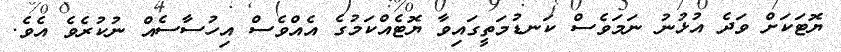
ޔޮޓަކަށް ވަދެ އުޅުނު ނަމަވެސް ކަނޑުމަތީގައިވާ ޔޮޓެއްކަމުގެ އެއްވެސް އިހުސާސެއް ނުކުރެވެ އެވެ.